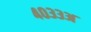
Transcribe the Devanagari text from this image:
४०३३अ